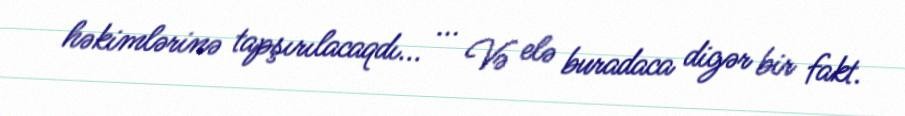
həkimlərinə tapşırılacaqdı... ... Və elə buradaca digər bir fakt.